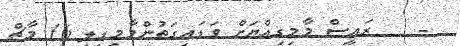
-    ރައީސް މާމިގިއްޔަށް ވަޑައިގަތުންމާމިގިލި 16 މާޗް